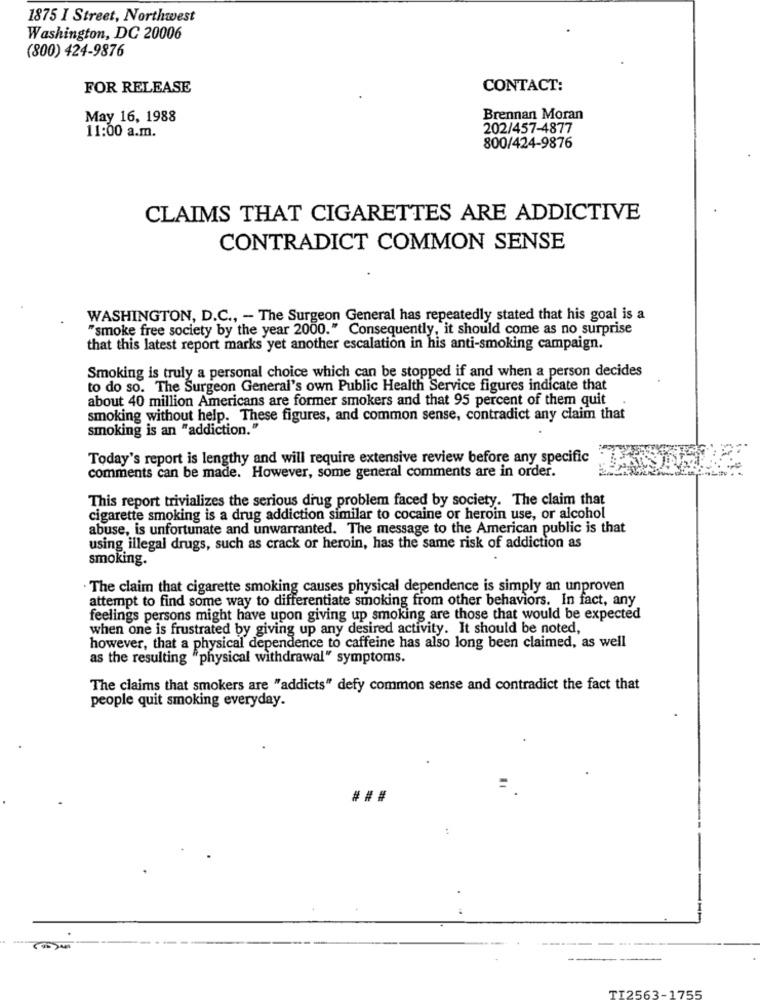
1875 I Street, Northwest
Washington, DC 20006
(800) 424-9876
FOR RELEASE
CONTACT:
May 16, 1988
Brennan Moran
11:00 a.m.
202/457-4877
800/424-9876
CLAIMS THAT CIGARETTES ARE ADDICTIVE
CONTRADICT COMMON SENSE
WASHINGTON, D.C ., - The Surgeon General has repeatedly stated that his goal is a
"smoke free society by the year 2000." Consequently, it should come as no surprise
that this latest report marks yet another escalation in his anti-smoking campaign.
Smoking is truly a personal choice which can be stopped if and when a person decides
to do so. The Surgeon General's own Public Health Service figures indicate that
about 40 million Americans are former smokers and that 95 percent of them quit
smoking without help. These figures, and common sense, contradict any claim that
smoking is an "addiction."
Today's report is lengthy and will require extensive review before any specific
comments can be made. However, some general comments are in order.
This report trivializes the serious drug problem faced by society. The claim that
cigarette smoking is a drug addiction similar to cocaine or heroin use, or alcohol
abuse, is unfortunate and unwarranted. The message to the American public is that
using illegal drugs, such as crack or heroin, has the same risk of addiction as
smoking.
. The claim that cigarette smoking causes physical dependence is simply an unproven
attempt to find some way to differentiate smoking from other behaviors. In fact, any
feelings persons might have upon giving up smoking are those that would be expected
when one is frustrated by giving up any desired activity. It should be noted,
however, that a physical dependence to caffeine has also long been claimed, as well
as the resulting "physical withdrawal" symptoms.
The claims that smokers are "addicts" defy common sense and contradict the fact that
people quit smoking everyday.
###
TI2563-1
755